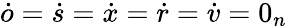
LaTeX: \dot{o}=\dot{s}=\dot{x}=\dot{r}=\dot{v}=0_{n}